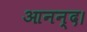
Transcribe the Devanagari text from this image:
आनन्द।